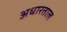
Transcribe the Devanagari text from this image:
अधारताल